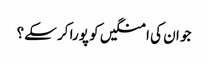
جو ان کی امنگیں کو پورا کر سکے؟